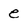
Character: e